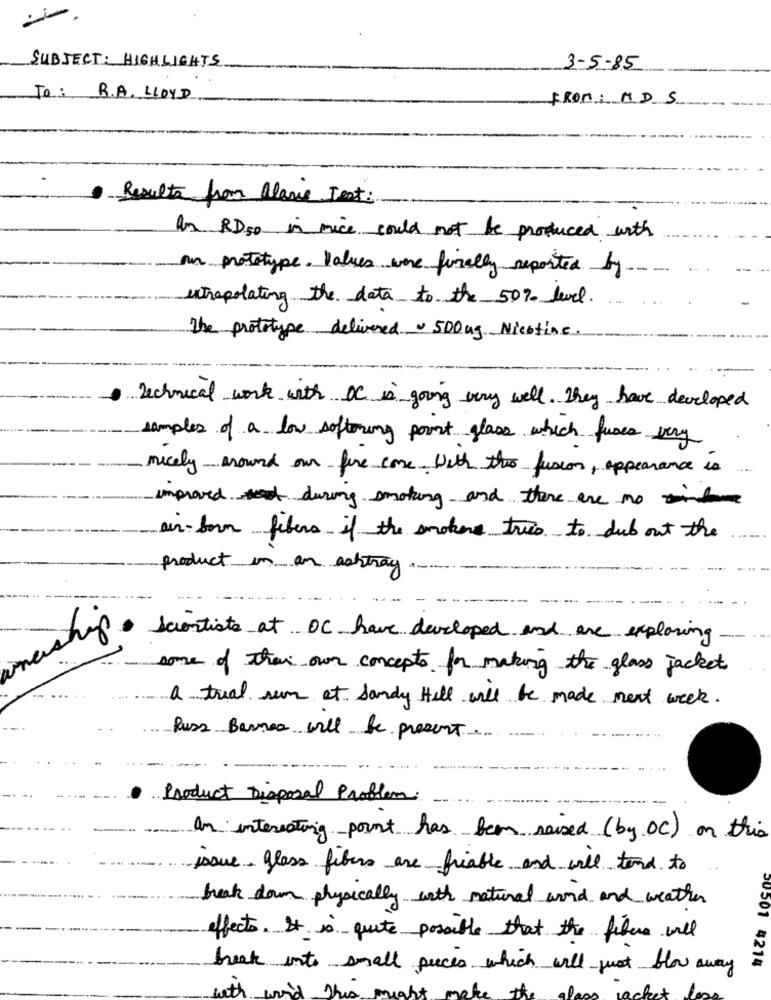
=
SUBJECT: HIGHLIGHTS
3-5-85
To: R.A. LLOYD
FROM: MDS
Results from alavie Jest:
An RDso in mice could not be produced with
an prototype. Values were finally reported by
extrapolating the data to the 50% level.
The prototype delivered . 500kg Nicotine.
Technical work with OC is going very well. They have developed
samples of a low softening point glass which funes very
nicely around our fine come with the fusion, appearance is
improved during smoking and there are no
ein-born fibers if the smoker true to dub out the
product in an ashtray
ship
Scontiste at OC have developed and are exploring
-
some of their own concepts for making the glass jacket
a trial sum et sandy Hill will be made next week.
Russ Barrea will be present ..
Product Disposal Problem
an interesting point has been raised (by OC) on this
issue glass fiber are friable and will tend to
break down physically with natural word and weather
effects. It is quite possible that the fibre will
break into small pieces which will just blow away
50501 4214
with
Fria